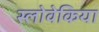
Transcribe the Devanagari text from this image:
स्लोवेकिया